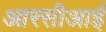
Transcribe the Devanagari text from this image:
आरसीआई